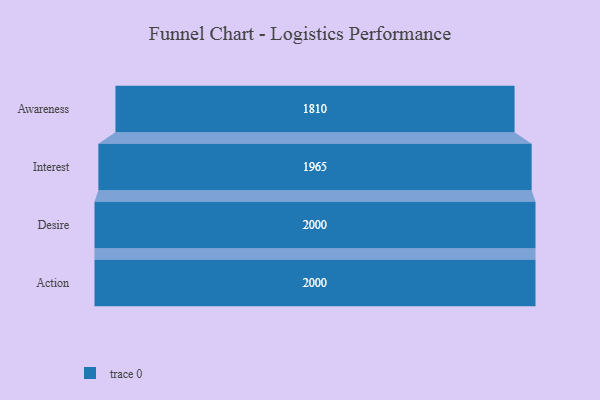
{"axis": {"x": "Stage", "y": "Value"}, "legend": [""], "data": [{"x": "Awareness", "y": 1810.0, "type": ""}, {"x": "Interest", "y": 1965.0, "type": ""}, {"x": "Desire", "y": 2000, "type": ""}, {"x": "Action", "y": 2000, "type": ""}]}